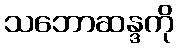
သဘောဆန္ဒကို